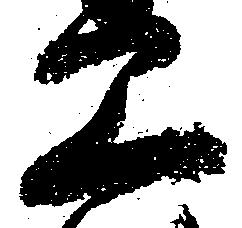
工